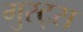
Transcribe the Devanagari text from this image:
गुस्ट्स